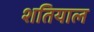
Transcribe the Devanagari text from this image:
शतियाल